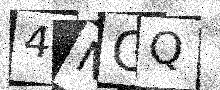
Text: 4NGQ